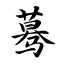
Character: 蓦